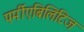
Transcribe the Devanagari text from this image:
पर्मीएबिलिटिज